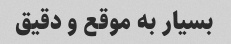
بسیار به موقع و دقیق